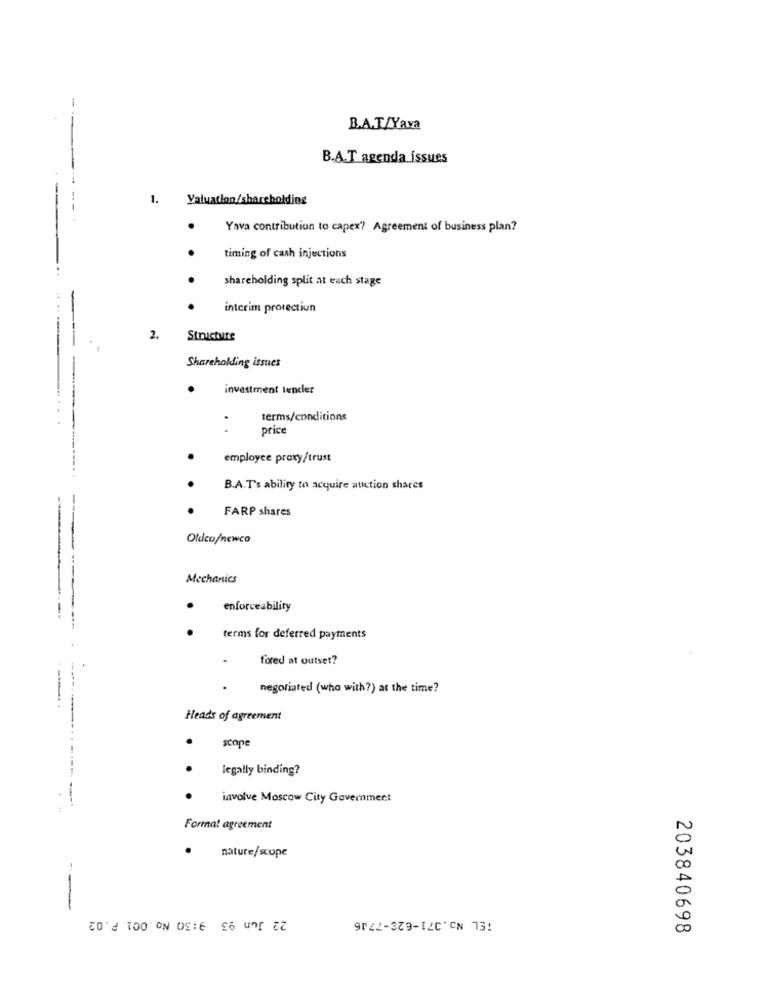
-
B.A.T/Yava
B.A.T agenda issues
1.
Valuation/shareholding
Yava contribution to capex? Agreement of business plan?
timing of cash injections
shareholding split at euch stage
interim protection
2.
Structure
Shareholding issues
investment lencler
terms/conditions
price
employee proxy/trust
B.A.T's ability to acquire auction shares
FARP shares
Oldeu/newco
Mechanics
.
enforceability
terms for deferred payments
fired at outset?
negotiated (who with?) at the time?
Heads of agreement
scope
legally binding?
involve Moscow City Government
Format agreement
nature/scope
--
22 Jun 93 9:30 No.001 F.02
TEL NO.071-628-7716
203840698